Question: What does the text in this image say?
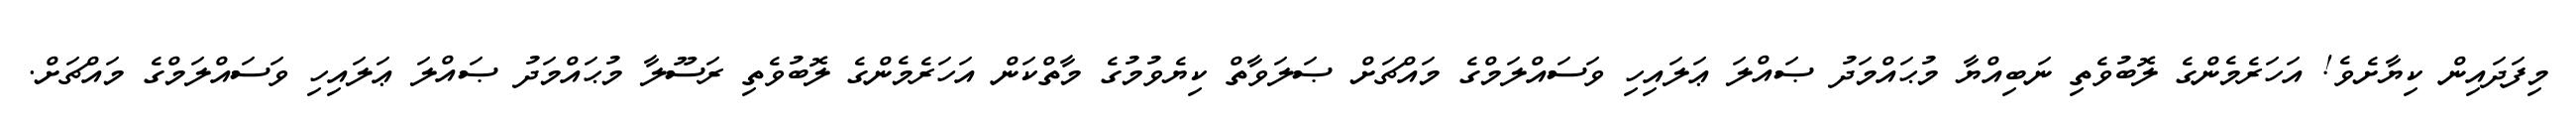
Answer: މިފަދައިން ކިޔާށެވެ! އަހަރެމެންގެ ލޮބުވެތި ނަބިއްޔާ މުޙައްމަދު ޞައްލަ ޢަލައިހި ވަސައްލަމްގެ މައްޗަށް ޞަލަވާތް ކިޔެވުމުގެ މާތްކަން އަހަރެމެންގެ ލޮބުވެތި ރަސޫލާ މުޙައްމަދު ޞައްލަ ޢަލައިހި ވަސައްލަމްގެ މައްޗަށް.